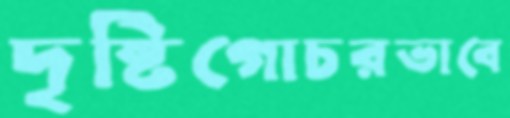
দৃষ্টিগোচরভাবে